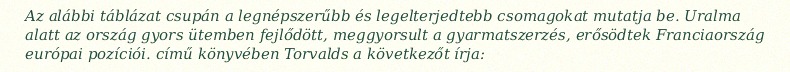
Az alábbi táblázat csupán a legnépszerűbb és legelterjedtebb csomagokat mutatja be. Uralma alatt az ország gyors ütemben fejlődött, meggyorsult a gyarmatszerzés, erősödtek Franciaország európai pozíciói. című könyvében Torvalds a következőt írja: